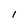
Character: l